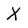
Character: X